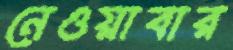
নেওয়াবার